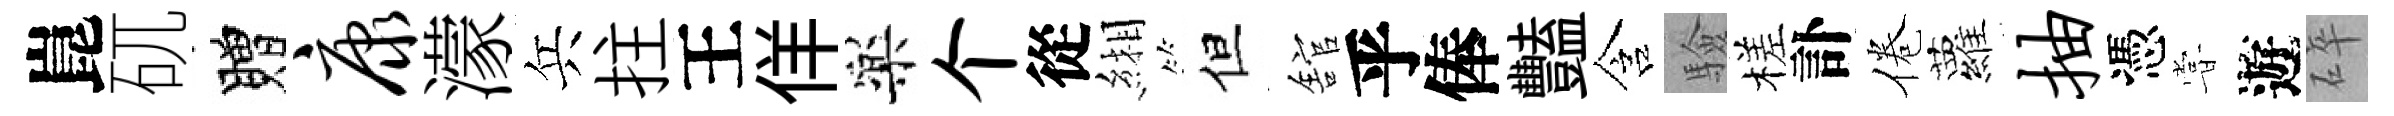
崑矹贈康濛兵拄王佯樂个從緗但舘乎俸豔含驗槎訃倦蘿抽憑甞遊碎